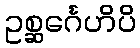
ဥစ္ဆင်္ဂေဟိပိ